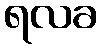
ရလခ